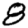
Digit: 8